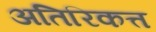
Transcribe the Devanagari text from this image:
अतिरिकत्त